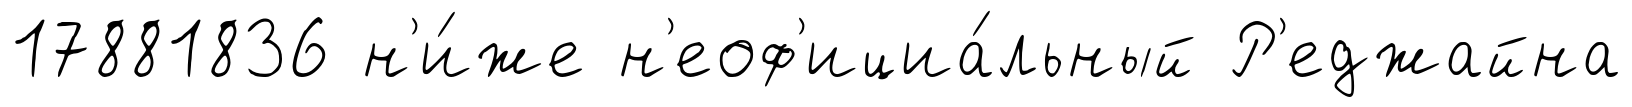
17881836 н'и́же н'еоф'ициа́льный Р'еджайна